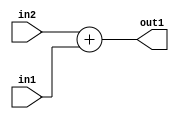
`timescale 1ps / 1ps
/*****************************************************************************
    Verilog RTL Description
    
    
    Created by: Stratus DpOpt 2019.1.01 
*******************************************************************************/

module GaussFilter_Add_9Ux8U_10U_1 (
	in2,
	in1,
	out1
	); /* architecture "behavioural" */ 
input [8:0] in2;
input [7:0] in1;
output [9:0] out1;
wire [9:0] asc001;

assign asc001 = 
	+(in2)
	+(in1);

assign out1 = asc001;
endmodule

/* CADENCE  urn5SAA= : u9/ySgnWtBlWxVPRXgAZ4Og= ** DO NOT EDIT THIS LINE ******/